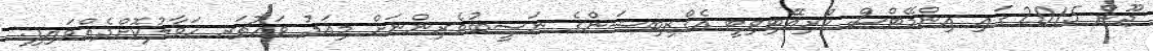
ޖޫން 2015 ގައި އިންމޭޓްސް ކްރިއޭޓިވިޓީ އެގްޒިބިޝަންގެ ނަސީބުވެރިންނަށް މިއަދު ވައުޗަރ ހަވާލުކޮށްދެއްވައިފި.